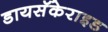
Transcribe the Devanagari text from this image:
डायसॅकेराइड